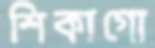
শিকাগো